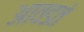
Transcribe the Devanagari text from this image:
आवडतं